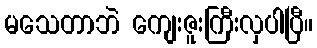
မသေတာဘဲ ကျေးဇူးကြီးလှပါပြီ။